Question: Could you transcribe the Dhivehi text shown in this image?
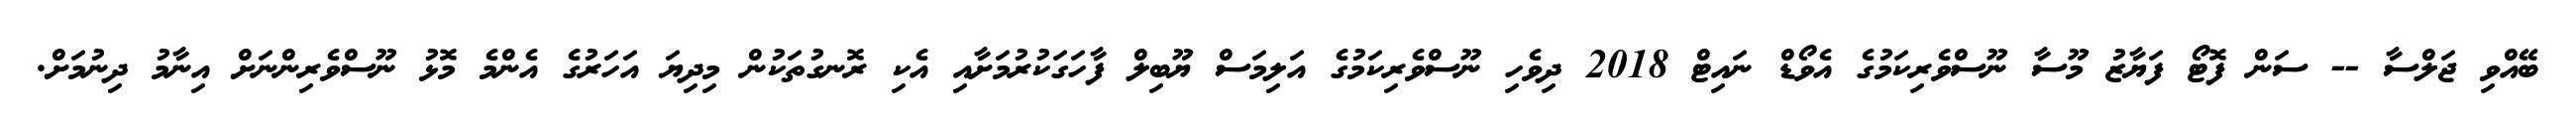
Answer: ބޭއްވި ޖަލްސާ -- ސަން ފޮޓޯ ފަޔާޒު މޫސާ ނޫސްވެރިކަމުގެ އެވޯޑް ނައިޓް 2018 ދިވެހި ނޫސްވެރިކަމުގެ އަލިމަސް ޔޫބިލް ފާހަގަކުރުމަށާއި އެކި ރޮނގުތަކުން މިދިޔަ އަހަރުގެ އެންމެ މޮޅު ނޫސްވެރިންނަށް އިނާމު ދިނުމަށް.